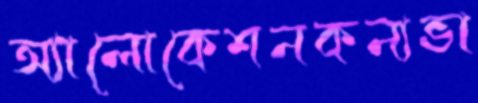
অ্যালোকেশনকন্যভা